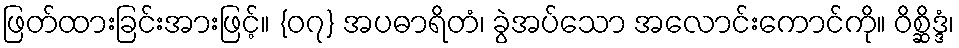
ဖြတ်ထားခြင်းအားဖြင့်။ {၀၇} အပဓာရိတံ၊ ခွဲအပ်သော အလောင်းကောင်ကို။ ဝိစ္ဆိဒ္ဒံ၊